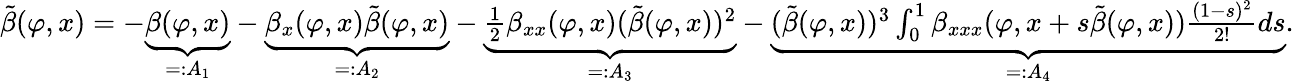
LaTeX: \begin{array}{r}{\tilde{\beta}(\varphi,x)=-\underbrace{\beta(\varphi,x)}_{=:A_{1}}-\underbrace{\beta_{x}(\varphi,x)\tilde{\beta}({\varphi,x})}_{=:A_{2}}-\underbrace{\frac{1}{2}\beta_{xx}(\varphi,x)(\tilde{\beta}(\varphi,x))^{2}}_{=:A_{3}}-\underbrace{(\tilde{\beta}(\varphi,x))^{3}\int_{0}^{1}\beta_{xxx}(\varphi,x+s\tilde{\beta}(\varphi,x))\frac{(1-s)^{2}}{2!}ds}_{=:A_{4}}.}\end{array}